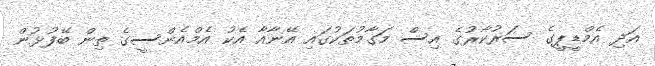
އަދި އެމްޑީޕީގެ ސަރުކާރުގެ އިސް މަގާމުތަކުގައި އޭނާއާ އެކު އެމްއެންސީގެ ތިން ބޭފުޅުން